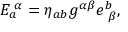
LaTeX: E _ { a } ^ { \, \, \alpha } = \eta _ { a b } g ^ { \alpha \beta } e _ { \, \, \beta } ^ { b } ,